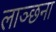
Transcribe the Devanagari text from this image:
लाञ्छना